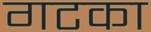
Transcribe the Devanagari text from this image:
गटका